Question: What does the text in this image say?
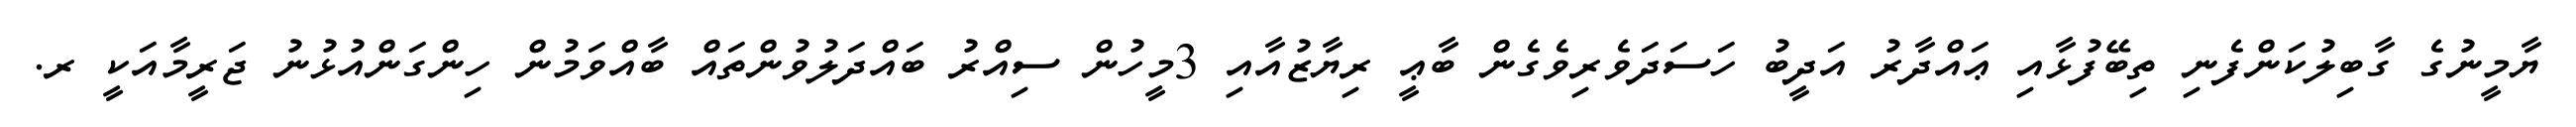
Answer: ޔާމީނުގެ ގާބިލުކަންފެނި ތިބޭފުޅާއި ޢައްދާރު އަދީބު ހަސަދަވެރިވެގެން ބާޢީ ރިޔާޒުއާއި 3މީހުން ސިއްރު ބައްދަލުވުންތައް ބާއްވަމުން ހިންގަންއުޅުނު ޖަރީމާއަކީ ރ.